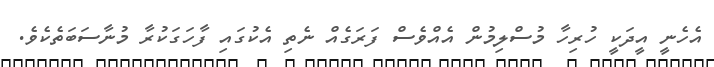
އެހެނީ އީދަކީ ހުރިހާ މުސްލިމުން އެއްވެސް ފަރަގެއް ނެތި އެކުގައި ފާހަގަކުރާ މުނާސަބަތެކެވެ.